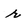
Character: r